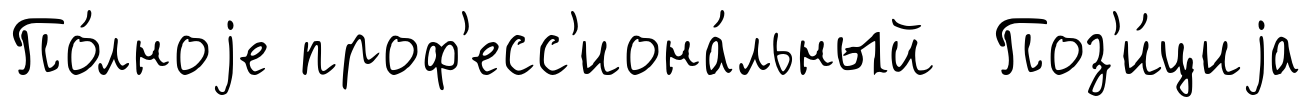
По́лноjе проф'есс'иона́льный Поз'и́циjа